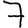
Digit: 7